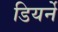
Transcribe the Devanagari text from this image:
डियर्ने